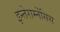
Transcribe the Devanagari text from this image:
इन्तेराम्नेंसिस